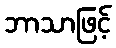
ဘာသာဖြင့်